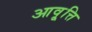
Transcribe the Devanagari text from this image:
आवृ्त्ति